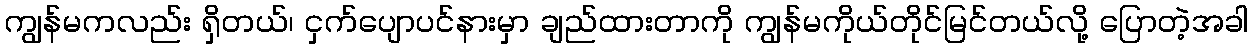
ကျွန်မကလည်း ရှိတယ်၊ ငှက်ပျောပင်နားမှာ ချည်ထားတာကို ကျွန်မကိုယ်တိုင်မြင်တယ်လို့ ပြောတဲ့အခါ